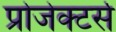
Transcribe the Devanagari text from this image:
प्रोजेक्टर्स